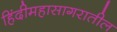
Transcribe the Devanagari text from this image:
हिंदीमहासागरातील